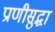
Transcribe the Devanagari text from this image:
प्राणीसुद्धा